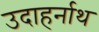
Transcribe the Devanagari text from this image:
उदाहर्नाथ